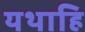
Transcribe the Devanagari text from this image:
यथाहि